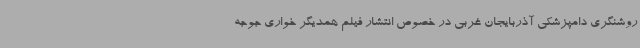
روشنگری دامپزشکی آذربایجان غربی در خصوص انتشار فیلم همدیگر خواری جوجه